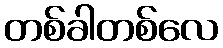
တစ်ခါတစ်လေ